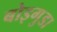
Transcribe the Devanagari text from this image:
बोइगुडा